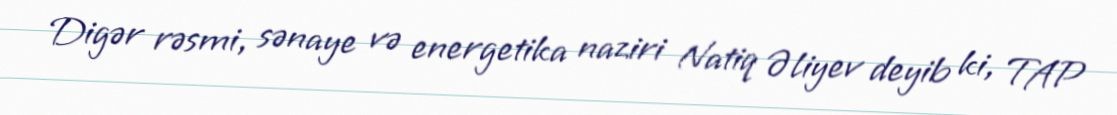
Digər rəsmi, sənaye və energetika naziri Natiq Əliyev deyib ki, TAP